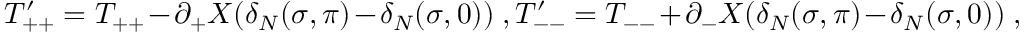
T _ { + + } ^ { \prime } = T _ { + + } - \partial _ { + } X ( \delta _ { N } ( \sigma , \pi ) - \delta _ { N } ( \sigma , 0 ) ) \ , T _ { -- } ^ { \prime } = T _ { -- } + \partial _ { - } X ( \delta _ { N } ( \sigma , \pi ) - \delta _ { N } ( \sigma , 0 ) ) \ ,